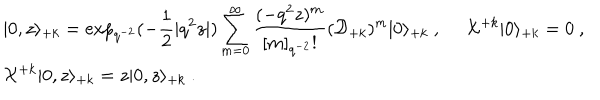
LaTeX: \begin{array} { l } { { \vert 0 , z \rangle _ { + k } = \displaystyle \exp _ { q ^ { - 2 } } ( - \frac { 1 } { 2 } | q ^ { 2 } z | ) \sum _ { m = 0 } ^ { \infty } \frac { ( - q ^ { 2 } z ) ^ { m } } { [ m ] _ { q ^ { - 2 } } ! } ( { \cal D } _ { + k } ) ^ { m } \vert 0 \rangle _ { + k } ~ , ~ ~ { \cal X } ^ { + k } \vert 0 \rangle _ { + k } = 0 ~ , } } \\ { { { \cal X } ^ { + k } \vert 0 , z \rangle _ { + k } = z \vert 0 , z \rangle _ { + k } ~ . } } \\ \end{array}